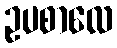
ဥပစာလေ